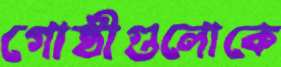
গোষ্ঠীগুলোকে